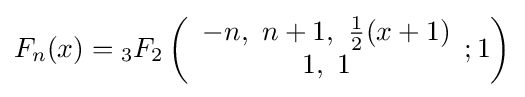
F_{n}(x)={}_{3}F_{2}\left({\begin{array}{c}-n,~n+1,~{\tfrac {1}{2}}(x+1)\\1,~1\end{array}};1\right)